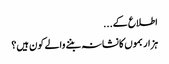
اطلاع کے...
ہزار بموں کا نشانہ بننے والے کون ہیں؟